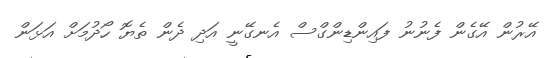
އޭރުން އޭގެން ފެނުނު ފައިންޑިންގްސް އެނގޭނީ އަދި ދެން ތެޔޮ ހޯދުމަށް އަޅަން